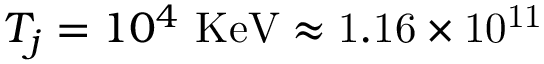
T _ { j } = 1 0 ^ { 4 } ~ \mathrm { { K e V } \approx 1 . 1 6 \times 1 0 ^ { 1 1 } }